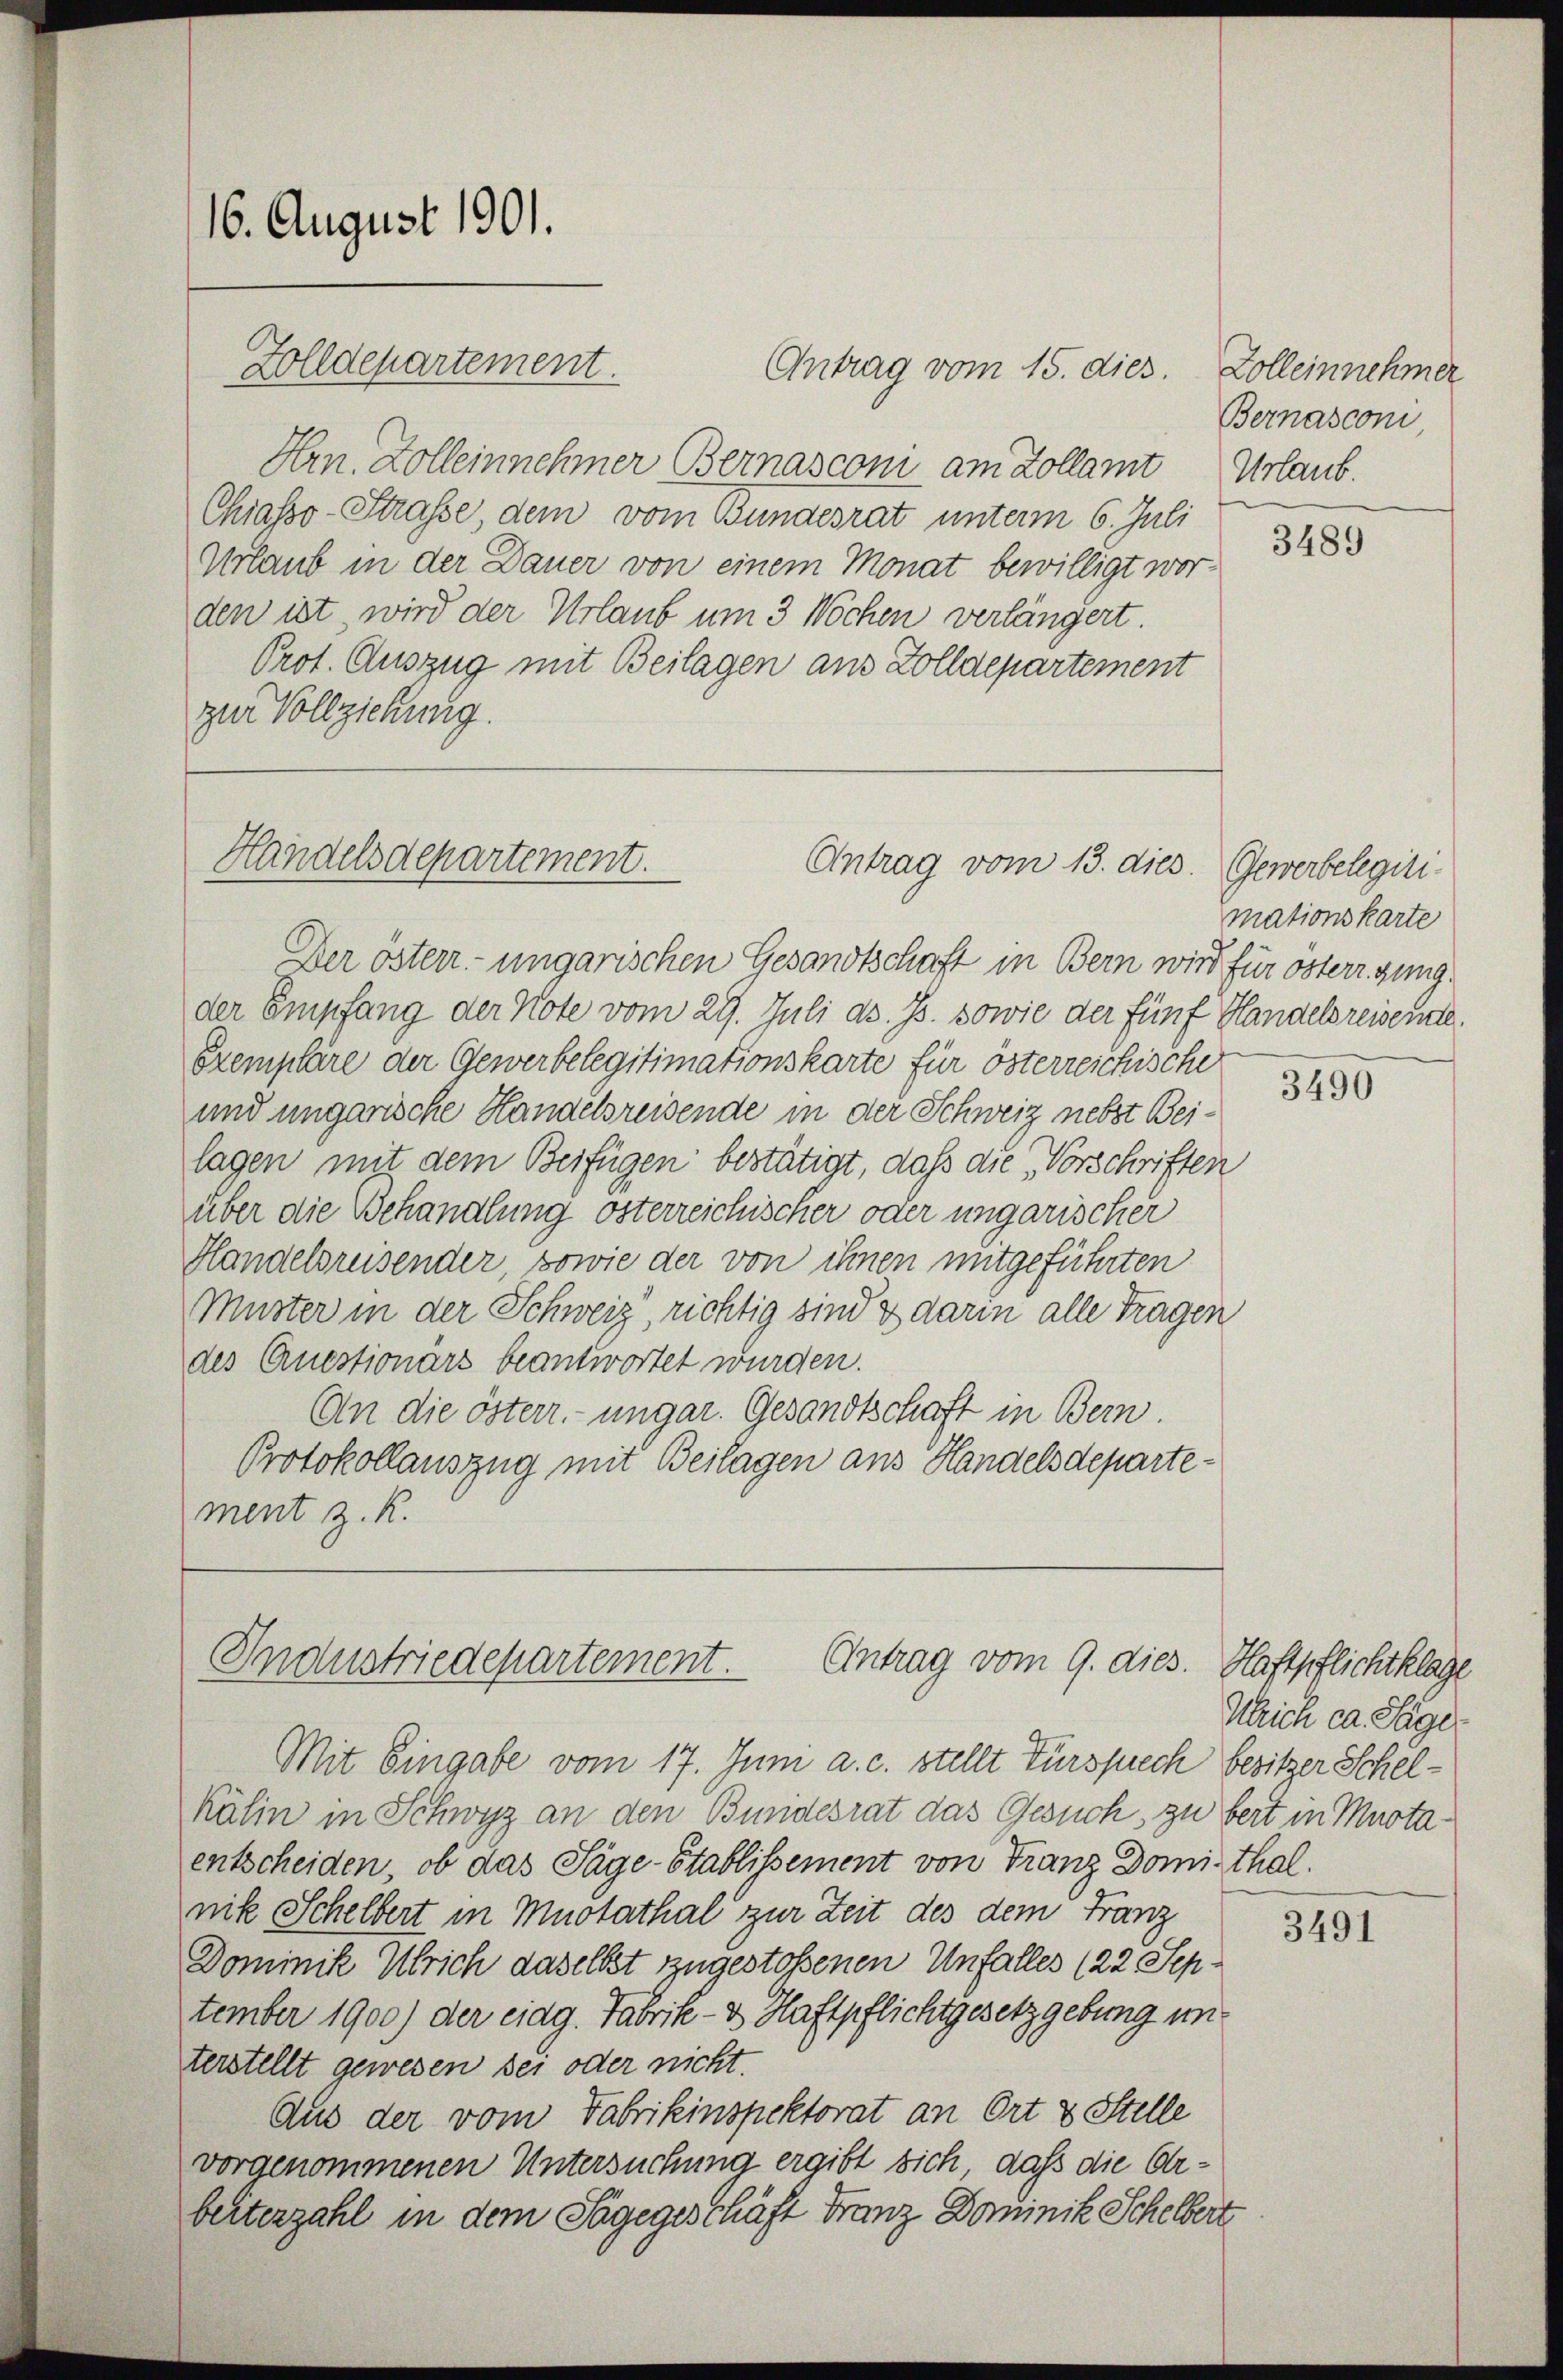
16. August 1901.
Zolldepartement.

Hrn. Zolleinnehmer Bernasconi am Zollamt
Chiasso-Straße, dem vom Bundesrat unterm 6. Juli
Urlaub in der Dauer von einem Monat bewilligt wor-
den ist, wird der Urlaub um 3 Wochen verlängert.
Prot. Auszug mit Beilagen aus Zolldepartement
zur Vollziehung.

Handelsdepartement.

Antrag vom 15. dies.

Antrag vom 13. dies. Gewerbelegiti-

Der öster- ungarischen Gesandtschaft in Bern wird für österr. Zung
der Empfang der Note vom 29. Juli d. Js. sowie der fünf Handelsreisende
Exemplare der Gewerbelegitimationskarte für österreichische
und ungarische Handelsreisende in der Schweiz nebst Beilagen mit dem Beifügen bestätigt, daß die Vorschriften
über die Behandlung österreichischer oder ungarischer
Handelsreisender sowie der von ihnen mitgeführten
Muster in der Schweiz, richtig sind & darin alle Tragen
des Questionärs beantwortet wurden.
An die österr. ungar. Gesandtschaft in Bern.
Protokollauszug mit Beilagen ans Handelsdepartement z. R.

Industriedepartement. Antrag vom 9. dies.

Mit Eingabe vom 17. Juni a. c. stellt Fürsprech Besitzer Schel¬

Kälin in Schwyz an den Bundesrat das Gesuch, zu bert in Muotaentscheiden, ob das Sage-Stablissement von Franz Dominthal.
nik Schelbert in Muotathal zur Zeit des dem Franz
Dominik Ulrich daselbst zugestoßenen Unfalles (22. Sep.
tember 1900) der eidg. Fabrik- & Haftpflichtgesetzgebung un
terstellt gewesen sei oder nicht.
Aus der vom Fabrikinspektorat an Ort & Stelle
vorgenommenen Untersuchung ergibt sich, daß die Orbeiterzahl in dem Sagegeschäft Franz Dominik Schelbert

Zolleinnehmer
Bernasconi
Urlaub.

3489

mationskarte

3490

Haftpflichtklage
Ulrich ca. Säger

3491